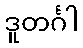
ဒူတင်္ဂါ